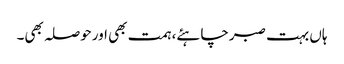
ہاں بہت صبرچاہئے، ہمت بھی اورحوصلہ بھی۔